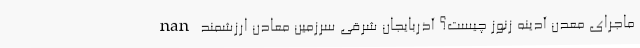
nan ماجرای معدن آدینه زنوز چیست؟ آذربایجان شرقی سرزمین معادن ارزشمند